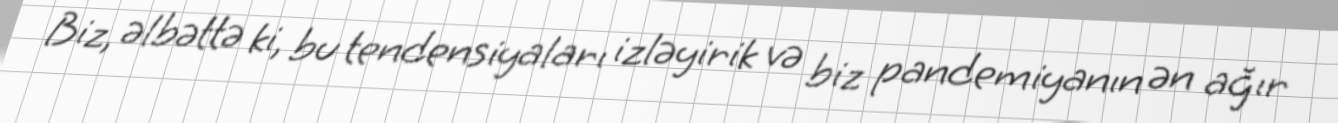
Biz, əlbəttə ki, bu tendensiyaları izləyirik və biz pandemiyanın ən ağır